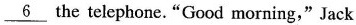
\underline{6} the telephone."Good morning,"Jack